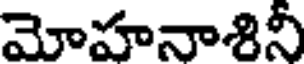
మోహనాశినీ